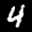
Label: 4